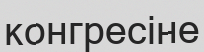
конгресіне